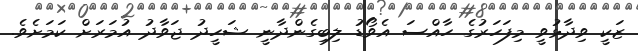
ޒަކީ ވިދާޅުވީ މިފަހަރުގެ ހާއްސަ އެވޯޑު ލިބިގެންދާނީ ޝަހީދު ޖަވާދު އުމަރަށް ކަމަށެވެ.